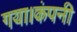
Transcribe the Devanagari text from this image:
गया।कंपनी